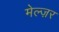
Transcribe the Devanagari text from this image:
मेल्ज़र